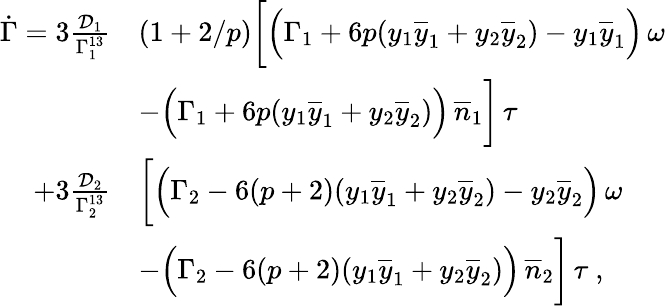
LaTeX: \begin{array}{rl}{\dot{\Gamma}=3\frac{\mathcal{D}_{1}}{\Gamma_{1}^{13}}}&{\left(1+2/p\right)\bigg[\Big(\Gamma_{1}+6p(y_{1}\overline{{y}}_{1}+y_{2}\overline{{y}}_{2})-y_{1}\overline{{y}}_{1}\Big)\, \omega}\\ &{-\Big(\Gamma_{1}+6p(y_{1}\overline{{y}}_{1}+y_{2}\overline{{y}}_{2})\Big)\, \overline{{n}}_{1}\bigg]\, \tau}\\ {+3\frac{\mathcal{D}_{2}}{\Gamma_{2}^{13}}}&{\bigg[\Big(\Gamma_{2}-6(p+2)(y_{1}\overline{{y}}_{1}+y_{2}\overline{{y}}_{2})-y_{2}\overline{{y}}_{2}\Big)\, \omega}\\ &{-\Big(\Gamma_{2}-6(p+2)(y_{1}\overline{{y}}_{1}+y_{2}\overline{{y}}_{2})\Big)\, \overline{{n}}_{2}\bigg]\, \tau\ ,}\end{array}